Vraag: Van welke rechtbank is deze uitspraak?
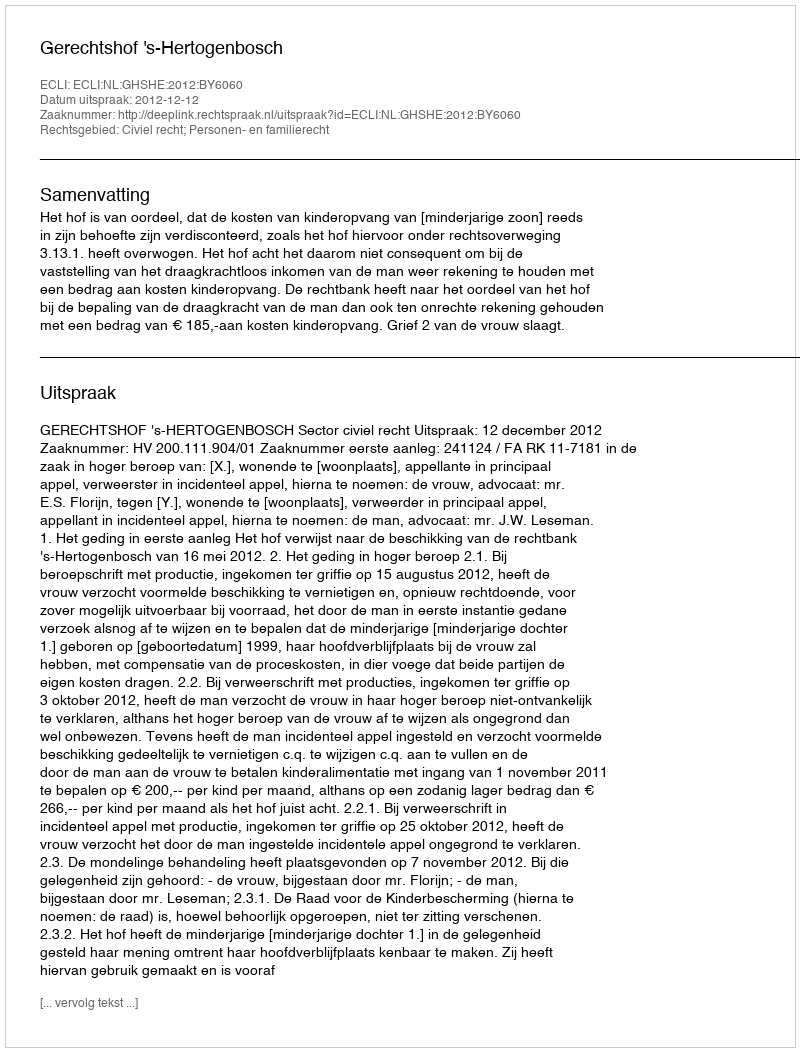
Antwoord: Gerechtshof 's-Hertogenbosch